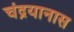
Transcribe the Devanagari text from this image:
चंद्रयानास